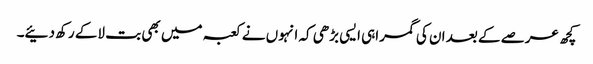
کچھ عرصے کے بعد ان کی گمراہی ایسی بڑھی کہ انہوں نے کعبہ میں بھی بت لاکے رکھ دئیے۔